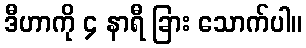
ဒီဟာကို ၄ နာရီ ခြား သောက်ပါ။